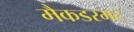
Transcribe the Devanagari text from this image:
मैकडरमट